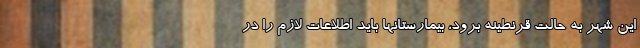
این شهر به حالت قرنطینه برود، بیمارستانها باید اطلاعات لازم را در